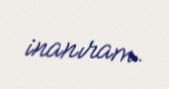
inanıram.